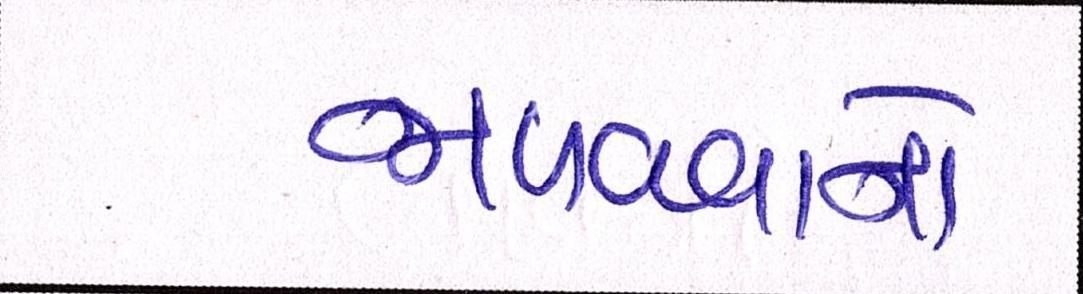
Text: જાળવવાનો